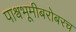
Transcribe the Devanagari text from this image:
पाश्र्वभूमीबरोबरच